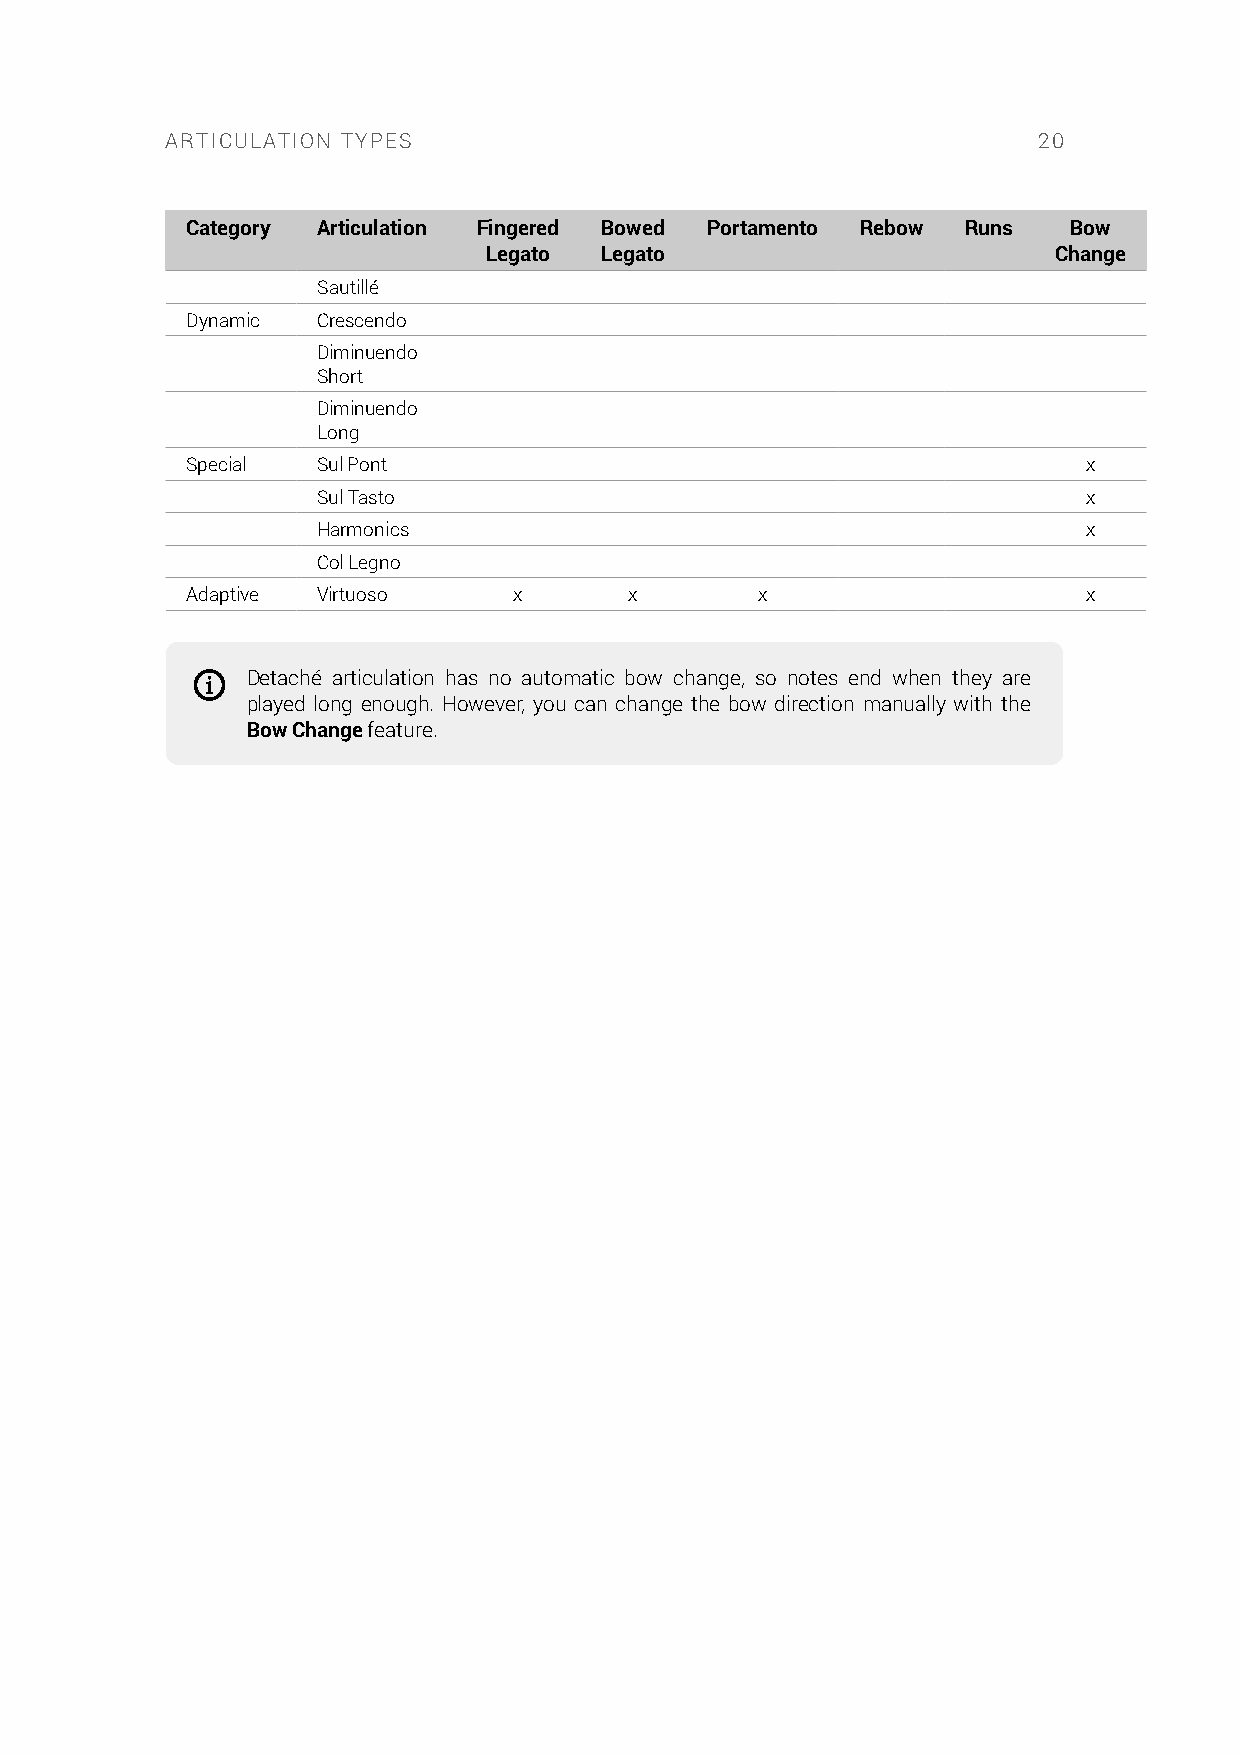
ARTICULATION TYPES                                        20
 Category Articulation Fingered Bowed Portamento Rebow Runs Bow
 Legato  Legato                        Change
 Sautillé
 Dynamic  Crescendo
 Diminuendo
 Short
 Diminuendo
 Long
 Special  Sul Pont                                           x
 Sul Tasto                                          x
 Harmonics                                          x
 Col Legno
 Adaptive Virtuoso     x       x       x                     x
 Detaché articulation has no automatic bow change, so notes end when they are
 played long enough. However, you can change the bow direction manually with the
 Bow Change feature.